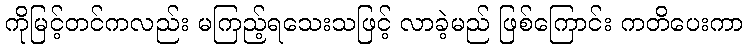
ကိုမြင့်တင်ကလည်း မကြည့်ရသေးသဖြင့် လာခဲ့မည် ဖြစ်ကြောင်း ကတိပေးကာ